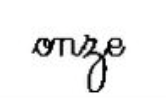
onze